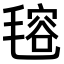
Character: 𣯔